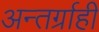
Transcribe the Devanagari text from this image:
अन्तर्ग्राही